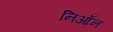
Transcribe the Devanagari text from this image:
निआँन